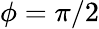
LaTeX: \phi=\pi/2